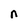
Character: n